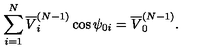
\sum _ { i = 1 } ^ { N } \overline { { V } } _ { i } ^ { ( N - 1 ) } \cos \psi _ { 0 i } = \overline { { V } } _ { 0 } ^ { ( N - 1 ) } .